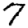
Digit: 7